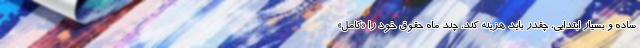
ساده و بسیار ابتدایی، چقدر باید هزینه کند، چند ماه حقوق خود را «کامل»